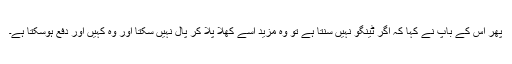
پھر اس کے باپ نے کہا کہ اگر ٹینگو نہیں سنتا ہے تو وہ مزید اسے کھلا پلا کر پال نہیں سکتا اور وہ کہیں اور دفع ہوسکتا ہے۔